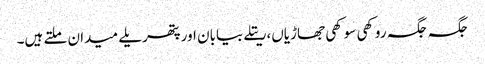
جگہ جگہ روکھی سوکھی جھاڑیاں،ریتلے بیابان اور پتھریلے میدان ملتے ہیں۔